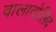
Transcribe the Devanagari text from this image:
वालादोलिद